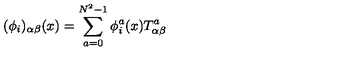
( \phi _ { i } ) _ { \alpha \beta } ( x ) = \sum _ { a = 0 } ^ { N ^ { 2 } - 1 } \phi _ { i } ^ { a } ( x ) T _ { \alpha \beta } ^ { a }